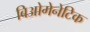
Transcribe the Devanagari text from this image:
बिओगेनेटिक